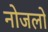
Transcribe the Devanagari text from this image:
नोजलों